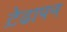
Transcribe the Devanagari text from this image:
ट़ेढापन